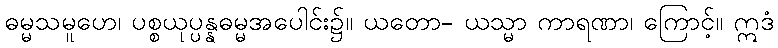
ဓမ္မသမူဟေ၊ ပစ္စယုပ္ပန္နဓမ္မအပေါင်း၌။ ယတော- ယသ္မာ ကာရဏာ၊ ကြောင့်။ ဣဒံ